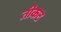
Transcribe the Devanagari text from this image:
तीकट